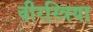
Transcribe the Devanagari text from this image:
वीरस्त्रिया